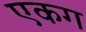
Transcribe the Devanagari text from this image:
एकग